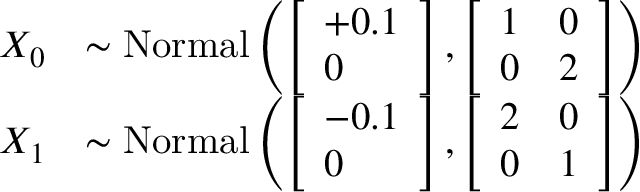
\begin{array} { r l } { X _ { 0 } } & { \sim \mathrm { N o r m a l } \left( \left[ \begin{array} { l } { + 0 . 1 } \\ { 0 } \end{array} \right] , \left[ \begin{array} { l l } { 1 } & { 0 } \\ { 0 } & { 2 } \end{array} \right] \right) } \\ { X _ { 1 } } & { \sim \mathrm { N o r m a l } \left( \left[ \begin{array} { l } { - 0 . 1 } \\ { 0 } \end{array} \right] , \left[ \begin{array} { l l } { 2 } & { 0 } \\ { 0 } & { 1 } \end{array} \right] \right) } \end{array}